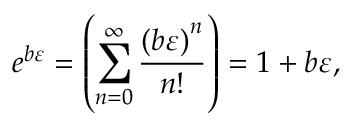
e ^ { b \varepsilon } = \left( \sum _ { n = 0 } ^ { \infty } { \frac { \left( b \varepsilon \right) ^ { n } } { n ! } } \right) = 1 + b \varepsilon ,